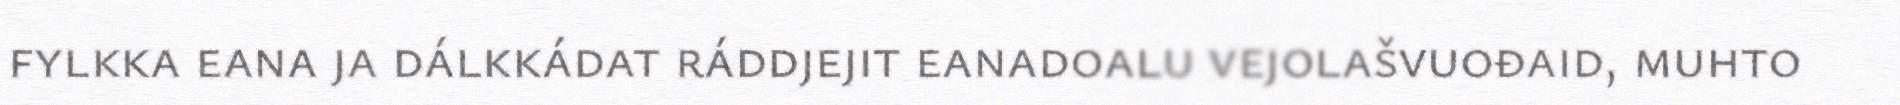
fylkka eana ja dálkkádat ráddjejit eanadoalu vejolašvuođaid, muhto